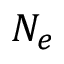
N _ { e }